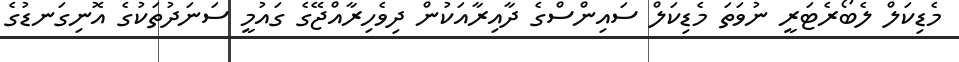
މެޑިކަލް ލެބޯރެޓަރީ ނުވަތަ މެޑިކަލް ސައިންސްގެ ދާއިރާއަކުން ދިވެހިރާއްޖޭގެ ގައުމީ ސަނަދުތަކުގެ އޮނިގަނޑުގެ